Vaccination in Bombay 1869-1873 - 1869-1873
Year: 1869
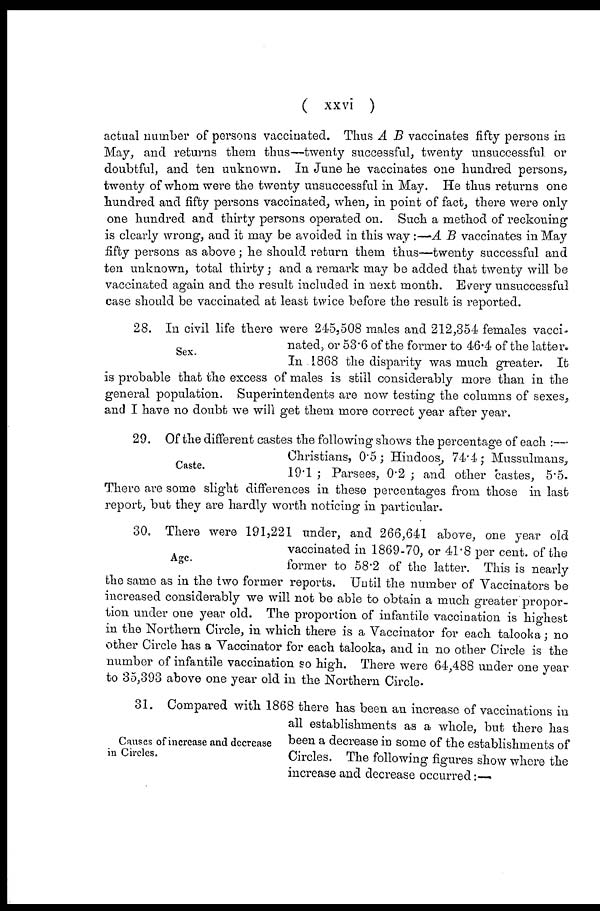
( xxvi )
actual number of persons vaccinated. Thus A B vaccinates fifty persons in
May, and returns them thus—twenty successful, twenty unsuccessful or
doubtful, and ten unknown. In June he vaccinates one hundred persons,
twenty of whom were the twenty unsuccessful in May. He thus returns one
hundred and fifty persons vaccinated, when, in point of fact, there were only
one hundred and thirty persons operated on. Such a method of reckoning
is clearly wrong, and it may be avoided in this way:—A B vaccinates in May
fifty persons as above; he should return them thus—twenty successful and
ten unknown, total thirty; and a remark may be added that twenty will be
vaccinated again and the result included in next month. Every unsuccessful
case should be vaccinated at least twice before the result is reported.
Sex.
28. In civil life there were 245,508 males and 212,354 females vacci-
nated, or 53.6 of the former to 46.4 of the latter.
In 1868 the disparity was much greater. It
is probable that the excess of males is still considerably more than in the
general population. Superintendents are now testing the columns of sexes,
and I have no doubt we will get them more correct year after year.
Caste.
29. Of the different castes the following shows the percentage of each :—
Christians, 0.5; Hindoos, 74.4; Mussulmans,
19.1 ; Parsees, 0.2 ; and other castes, 5.5.
There are some slight differences in these percentages from those in last
report, but they are hardly worth noticing in particular.
Age.
30. There were 191,221 under, and 266,641 above, one year old
vaccinated in 1869-70, or 41.8 per cent. of the
former to 58.2 of the latter. This is nearly
the same as in the two former reports. Until the number of Vaccinators be
increased considerably we will not be able to obtain a much greater propor-
tion under one year old. The proportion of infantile vaccination is highest
in the Northern Circle, in which there is a Vaccinator for each talooka; no
other Circle has a Vaccinator for each talooka, and in no other Circle is the
number of infantile vaccination so high. There were 64,488 under one year
to 35,393 above one year old in the Northern Circle.
Causes of increase and decrease
in Circles.
31. Compared with 1868 there has been an increase of vaccinations in
all establishments as a whole, but there has
been a decrease in some of the establishments of
Circles. The following figures show where the
increase and decrease occurred:—